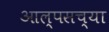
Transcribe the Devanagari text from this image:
आल्पसच्या